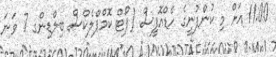
11:00 އަށް މި ކުންފުނީގެ ހެޑްއޮފީސް (ޕޯޓް ކޮމްޕްލެކްސް ބިލްޑިންގ 7 ވަނަ